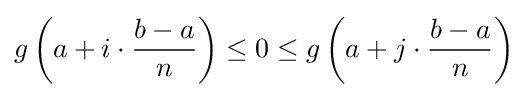
g\left(a+i\cdot {\dfrac {b-a}{n}}\right)\leq 0\leq g\left(a+j\cdot {\dfrac {b-a}{n}}\right)